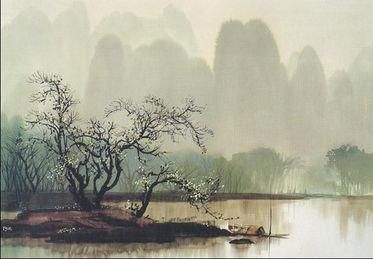
落日无人松径里，鬼火高低明灭。